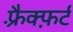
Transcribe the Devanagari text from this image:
फ़्रैक्फ़र्ट